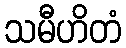
သမီဟိတံ